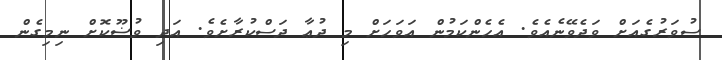
ސުވަރުގެއަށް ވަދެވޭނެއެވެ. އެހެންކަމުން އަވަހަށް މި ދުޢާ ދަސްކުރާށެވެ. އަދި ވުޟޫކޮށް ނިމިގެން